Civil Veterinary Department Bengal reports 1923-33 - 1923-1933
Year: 1923
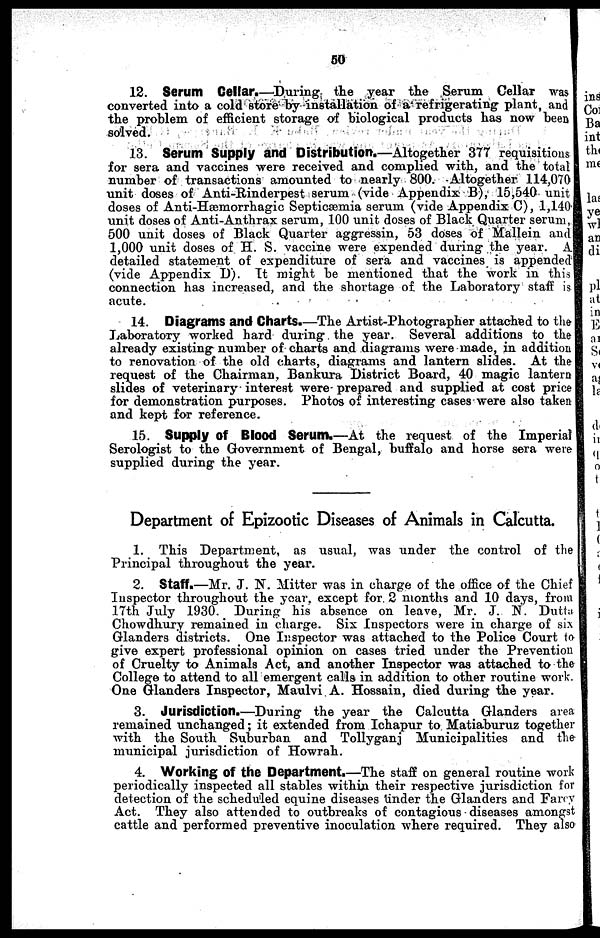
50
12. 8erum Celiar.—During the year the Serum Cellar was
converted into a cold store by installation of a refrigerating plant, and
the problem of efficient storage of biological products has now been
solved.
13. Serum Supply and Distribution.—Altogether 377 requisitions
for sera and vaccines were received and complied with, and the total
number of transactions amounted to nearly 800. Altogether 114,070
unit doses of Anti-Rinderpest serum (vide Appendix B), 15,540 unit
doses of Anti-Hæmorrhagic Septicæmia serum (vide Appendix C), 1,140
unit doses of Anti-Anthrax serum, 100 unit doses of Black Quarter serum,
500 unit doses of Black Quarter aggressin, 53 doses of Mallein and
1,000 unit doses of H. S. vaccine were expended during the year. A
detailed statement of expenditure of sera and vaccines is appended
(vide Appendix D). It might be mentioned that the work in this
connection has increased, and the shortage of. the Laboratory staff is
acute.
14. Diagrams and Charts.—The Artist-Photographer attached to the
Laboratory worked hard during the year. Several additions to the
already existing number of charts and diagrams were made, in addition
to renovation of the old charts, diagrams and lantern slides. At the
request of the Chairman, Bankura District Board, 40 magic lantern
slides of veterinary interest were prepared and supplied at cost price
for demonstration purposes. Photos of interesting cases were also taken
and kept for reference.
15. 8upply of Blood Serum.—At the request of the Imperial
Serologist to the Government of Bengal, buffalo and horse sera were
supplied during the year.
Department of Epizootic Diseases of Animals in Calcutta.
1. This Department, as usual, was under the control of the
Principal throughout the year.
2. Staff.—Mr. J. N. Mitter was in charge of the office of the Chief
Inspector throughout the year, except for 2 months and 10 days, from
17th July 1930. During his absence on leave, Mr. J. N. Dutta
Chowdhury remained in charge. Six Inspectors were in charge of six
Glanders districts. One Inspector was attached to the Police Court to
give expert professional opinion on cases tried under the Prevention
of Cruelty to Animals Act, and another Inspector was attached to the
College to attend to all emergent calls in addition to other routine work.
One Glanders Inspector, Maulvi A. Hossain, died during the year.
3. Jurisdiction.—During the year the Calcutta Glanders area
remained unchanged; it extended from Ichapur to Matiaburuz together
with the South Suburban and Tollyganj Municipalities and the
municipal jurisdiction of Howrah.
4. Working of the Department.—The staff on general routine work
periodically inspected all stables within their respective jurisdiction for
detection of the scheduled equine diseases Under the Glanders and Farcy
Act. They also attended to outbreaks of contagious diseases amongst
cattle and performed preventive inoculation where required. They also